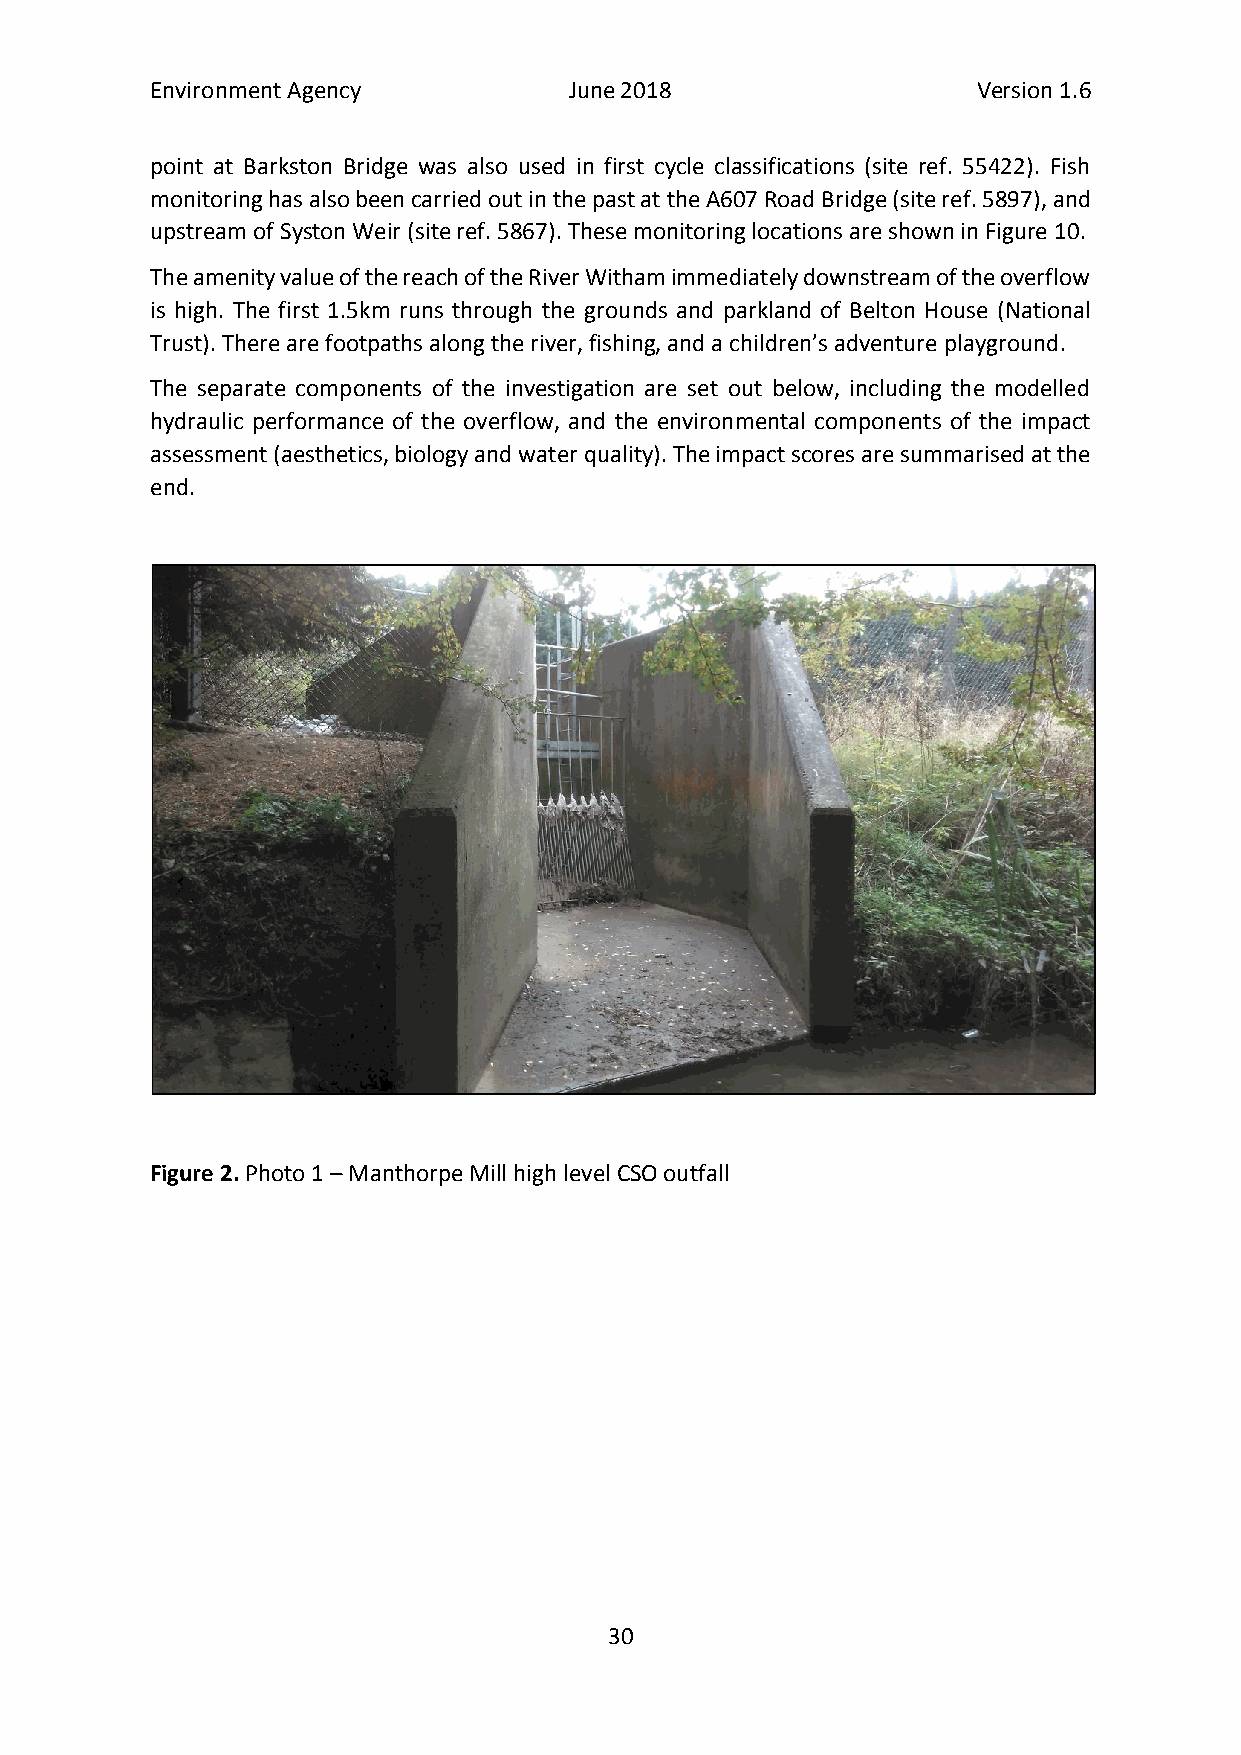
Environment Agency          June 2018                  Version 1.6
 point at Barkston Bridge was also used in first cycle classifications (site ref. 55422). Fish
 monitoring has also been carried out in the past at the A607 Road Bridge (site ref. 5897), and
 upstream of Syston Weir (site ref. 5867). These monitoring locations are shown in Figure 10.
 The amenity value of the reach of the River Witham immediately downstream of the overflow
 is high. The first 1.5km runs through the grounds and parkland of Belton House (National
 Trust). There are footpaths along the river, fishing, and a children’s adventure playground.
 The separate components of the investigation are set out below, including the modelled
 hydraulic performance of the overflow, and the environmental components of the impact
 assessment (aesthetics, biology and water quality). The impact scores are summarised at the
 end.
 Figure 2. Photo 1 – Manthorpe Mill high level CSO outfall
 30